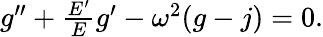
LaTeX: \begin{array}{r}{g^{\prime\prime}+\frac{E^{\prime}}{E}g^{\prime}-\omega^{2}(g-j)=0.}\end{array}